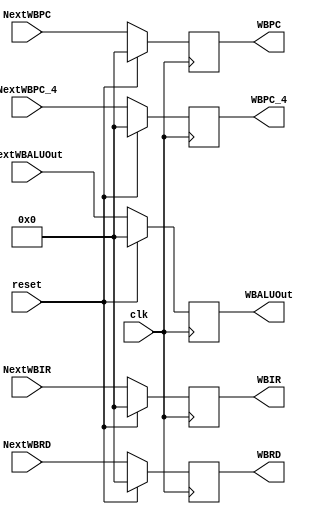
`timescale 1ns / 1ps
//////////////////////////////////////////////////////////////////////////////////
// Company: 
// Engineer: 
// 
// Design Name: 
// Module Name:    WriteBackReg 
// Project Name: 
// Target Devices: 
// Tool versions: 
// Description: 
//
// Dependencies: 
//
// Revision: 
// Revision 0.01 - File Created
// Additional Comments: 
//
//////////////////////////////////////////////////////////////////////////////////
module WriteBackReg(
	input clk,
	input reset,
	input [31:0] NextWBIR,
	input [31:0] NextWBRD,
	input [31:0] NextWBPC,
	input [31:0] NextWBPC_4,
	input [31:0] NextWBALUOut,
	
	output reg [31:0] WBIR,
	output reg [31:0] WBRD,
	output reg [31:0] WBPC,
	output reg [31:0] WBPC_4,
	output reg [31:0] WBALUOut
    );
	parameter init = 32'h0000_0000;
	always@(posedge clk) begin
		if (reset == 1'b1) begin
			WBIR <= init;
			WBRD <= init;
			WBPC <= init;
			WBPC_4 <= init;
			WBALUOut <=  init;
		end else begin
			WBIR <= NextWBIR;
			WBRD <= NextWBRD;
			WBPC <= NextWBPC;
			WBPC_4 <= NextWBPC_4;
			WBALUOut <= NextWBALUOut;
		end
	end

endmodule